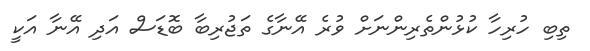
ތިބި ހުރިހާ ކުޅުންތެރިންނަށް ވުރެ އޭނާގެ ތަޖުރިބާ ބޮޑަސް އަދި އޭނާ އަކީ